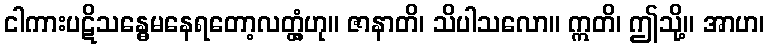
ငါကားပဋိသန္ဓေမနေရတော့လတ္တံ့ဟု။ ဇာနာတိ၊ သိပါသလော။ ဣတိ၊ ဤသို့။ အာဟ၊